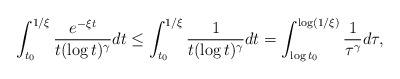
\begin{align*}\int^{1/\xi }_{t_0}\frac{e^{-\xi t }}{t(\log t)^\gamma} dt \leq \int^{1/\xi }_{t_0}\frac{1}{t(\log t)^\gamma} dt =\int_{\log t_0}^{\log(1/\xi )} \frac{1}{\tau^\gamma} d\tau,\end{align*}